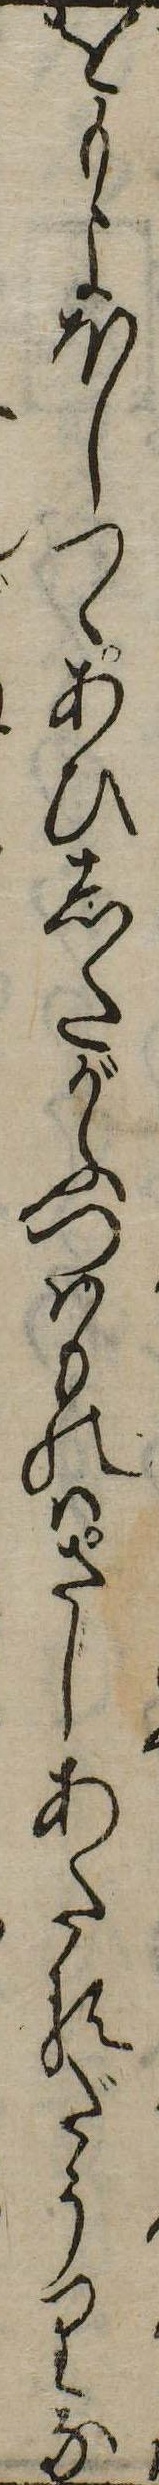
をもよほしてあひしたがふつはものはさしあたるだうりな